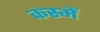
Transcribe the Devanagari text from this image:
कस्में